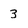
Character: 3